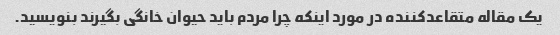
یک مقاله متقاعدکننده در مورد اینکه چرا مردم باید حیوان خانگی بگیرند بنویسید.